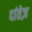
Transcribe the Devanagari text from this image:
दांतेज़